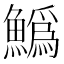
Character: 𩻟